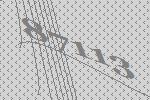
87113